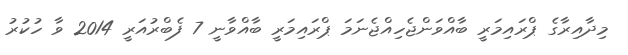
މިދާއިރާގެ ޕްރައިމަރީ ބާއްވަންޖެހިއްޖެނަމަ ޕްރައިމަރީ ބާއްވާނީ 7 ފެބްރުއަރީ 2014 ވާ ހުކުރު